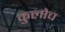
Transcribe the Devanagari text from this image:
कुलोच